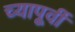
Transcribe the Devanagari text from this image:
च्यापूर्वी